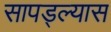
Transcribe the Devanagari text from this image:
सापड्ल्यास